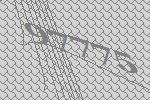
97775